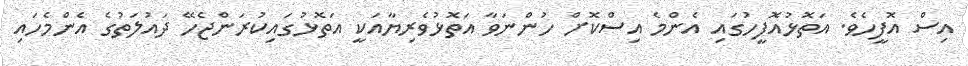
އިސް އޮފީހެވެ. އަތޮޅުއޮފީހުގައި އެންމެ އިސްކޮށް ހުންނަވާ އަތޮޅުވެރިޔާއަކީ އަތޮޅުގައިކުރަންޖެހޭ ދައުލަތުގެ އެންމެހައި